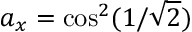
a _ { x } = \cos ^ { 2 } ( 1 / \sqrt { 2 } )